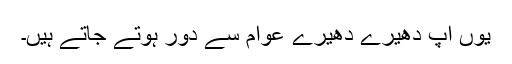
یوں آپ دھیرے دھیرے عوام سے دور ہوتے جاتے ہیں۔